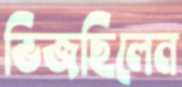
ভিজছিলেন